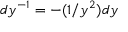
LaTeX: d y ^ { - 1 } = - ( 1 / y ^ { 2 } ) d y